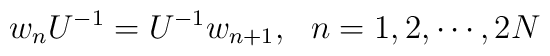
w_nU^{-1}=U^{-1}w_{n+1},~~n=1,2,\cdots,2N